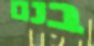
בנם